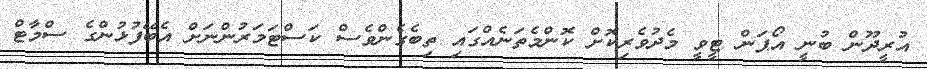
އުރީދޫން ބުނީ އޯޕަން ޓީވީ މެދުވެރިކޮށް ކޮންމެތަނެއްގައި ތިބެގެންވެސް ކަސްޓަމަރުންނަށް އެބޭފުޅުންގެ ސްމާޓް